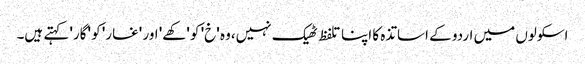
اسکولوں میں اردو کے اساتذہ کا اپنا تلفظ ٹھیک نہیں،وہ 'خ' کو 'کھے' اور 'غار' کو 'گار' کہتے ہیں۔